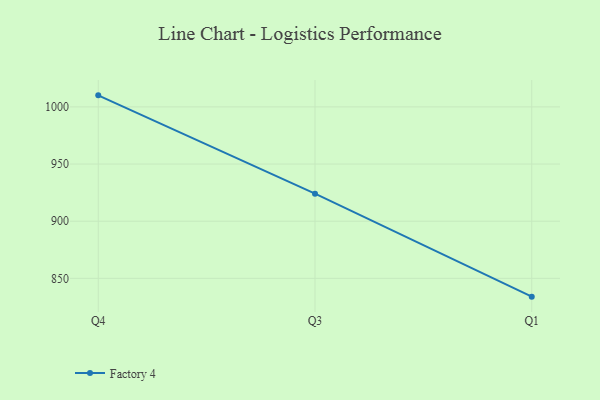
{"axis": {"x": "Quarter", "y": "Temperature (°C)"}, "legend": ["Factory 4"], "data": [{"x": "Q4", "y": 1010.1, "type": "Factory 4"}, {"x": "Q3", "y": 924.1, "type": "Factory 4"}, {"x": "Q1", "y": 834.0, "type": "Factory 4"}]}